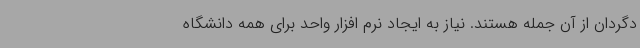
دگردان از آن جمله هستند. نیاز به ایجاد نرم افزار واحد برای همه دانشگاه